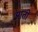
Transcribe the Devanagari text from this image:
आतों